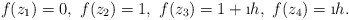
\begin{align*}f(z_1)= 0,\ f(z_2)=1,\ f(z_3)=1+\i h,\ f(z_4)= \i h.\end{align*}